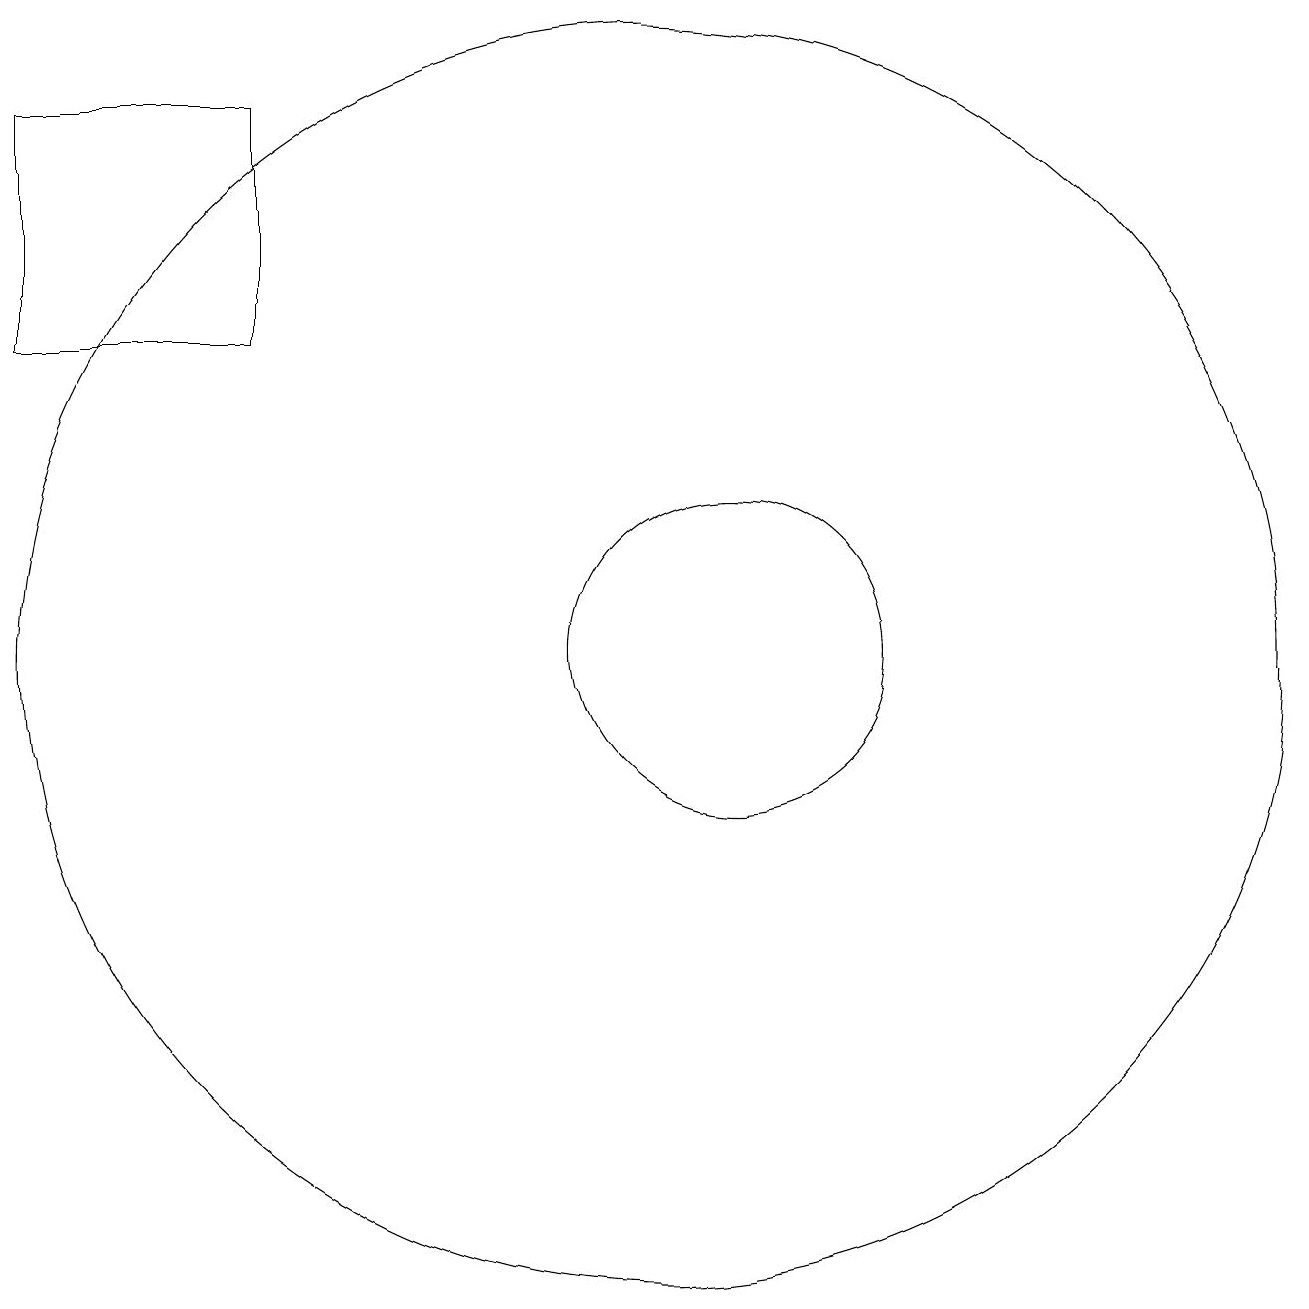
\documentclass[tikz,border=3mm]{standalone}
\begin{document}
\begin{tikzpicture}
\draw (10,11) circle (8);
\draw (11,11) circle (2);
\draw (5,15) rectangle (2,18);
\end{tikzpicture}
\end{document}